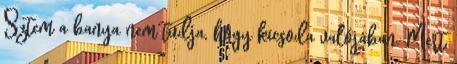
Sztem a banya nem tudja, hogy kicsoda valójában. Mert